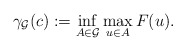
\begin{align*} \gamma_{\mathcal{G}}(c):=\inf_{A\in \mathcal{G}}\max_{u \in A} F(u).\end{align*}